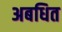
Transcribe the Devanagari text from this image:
अबधित